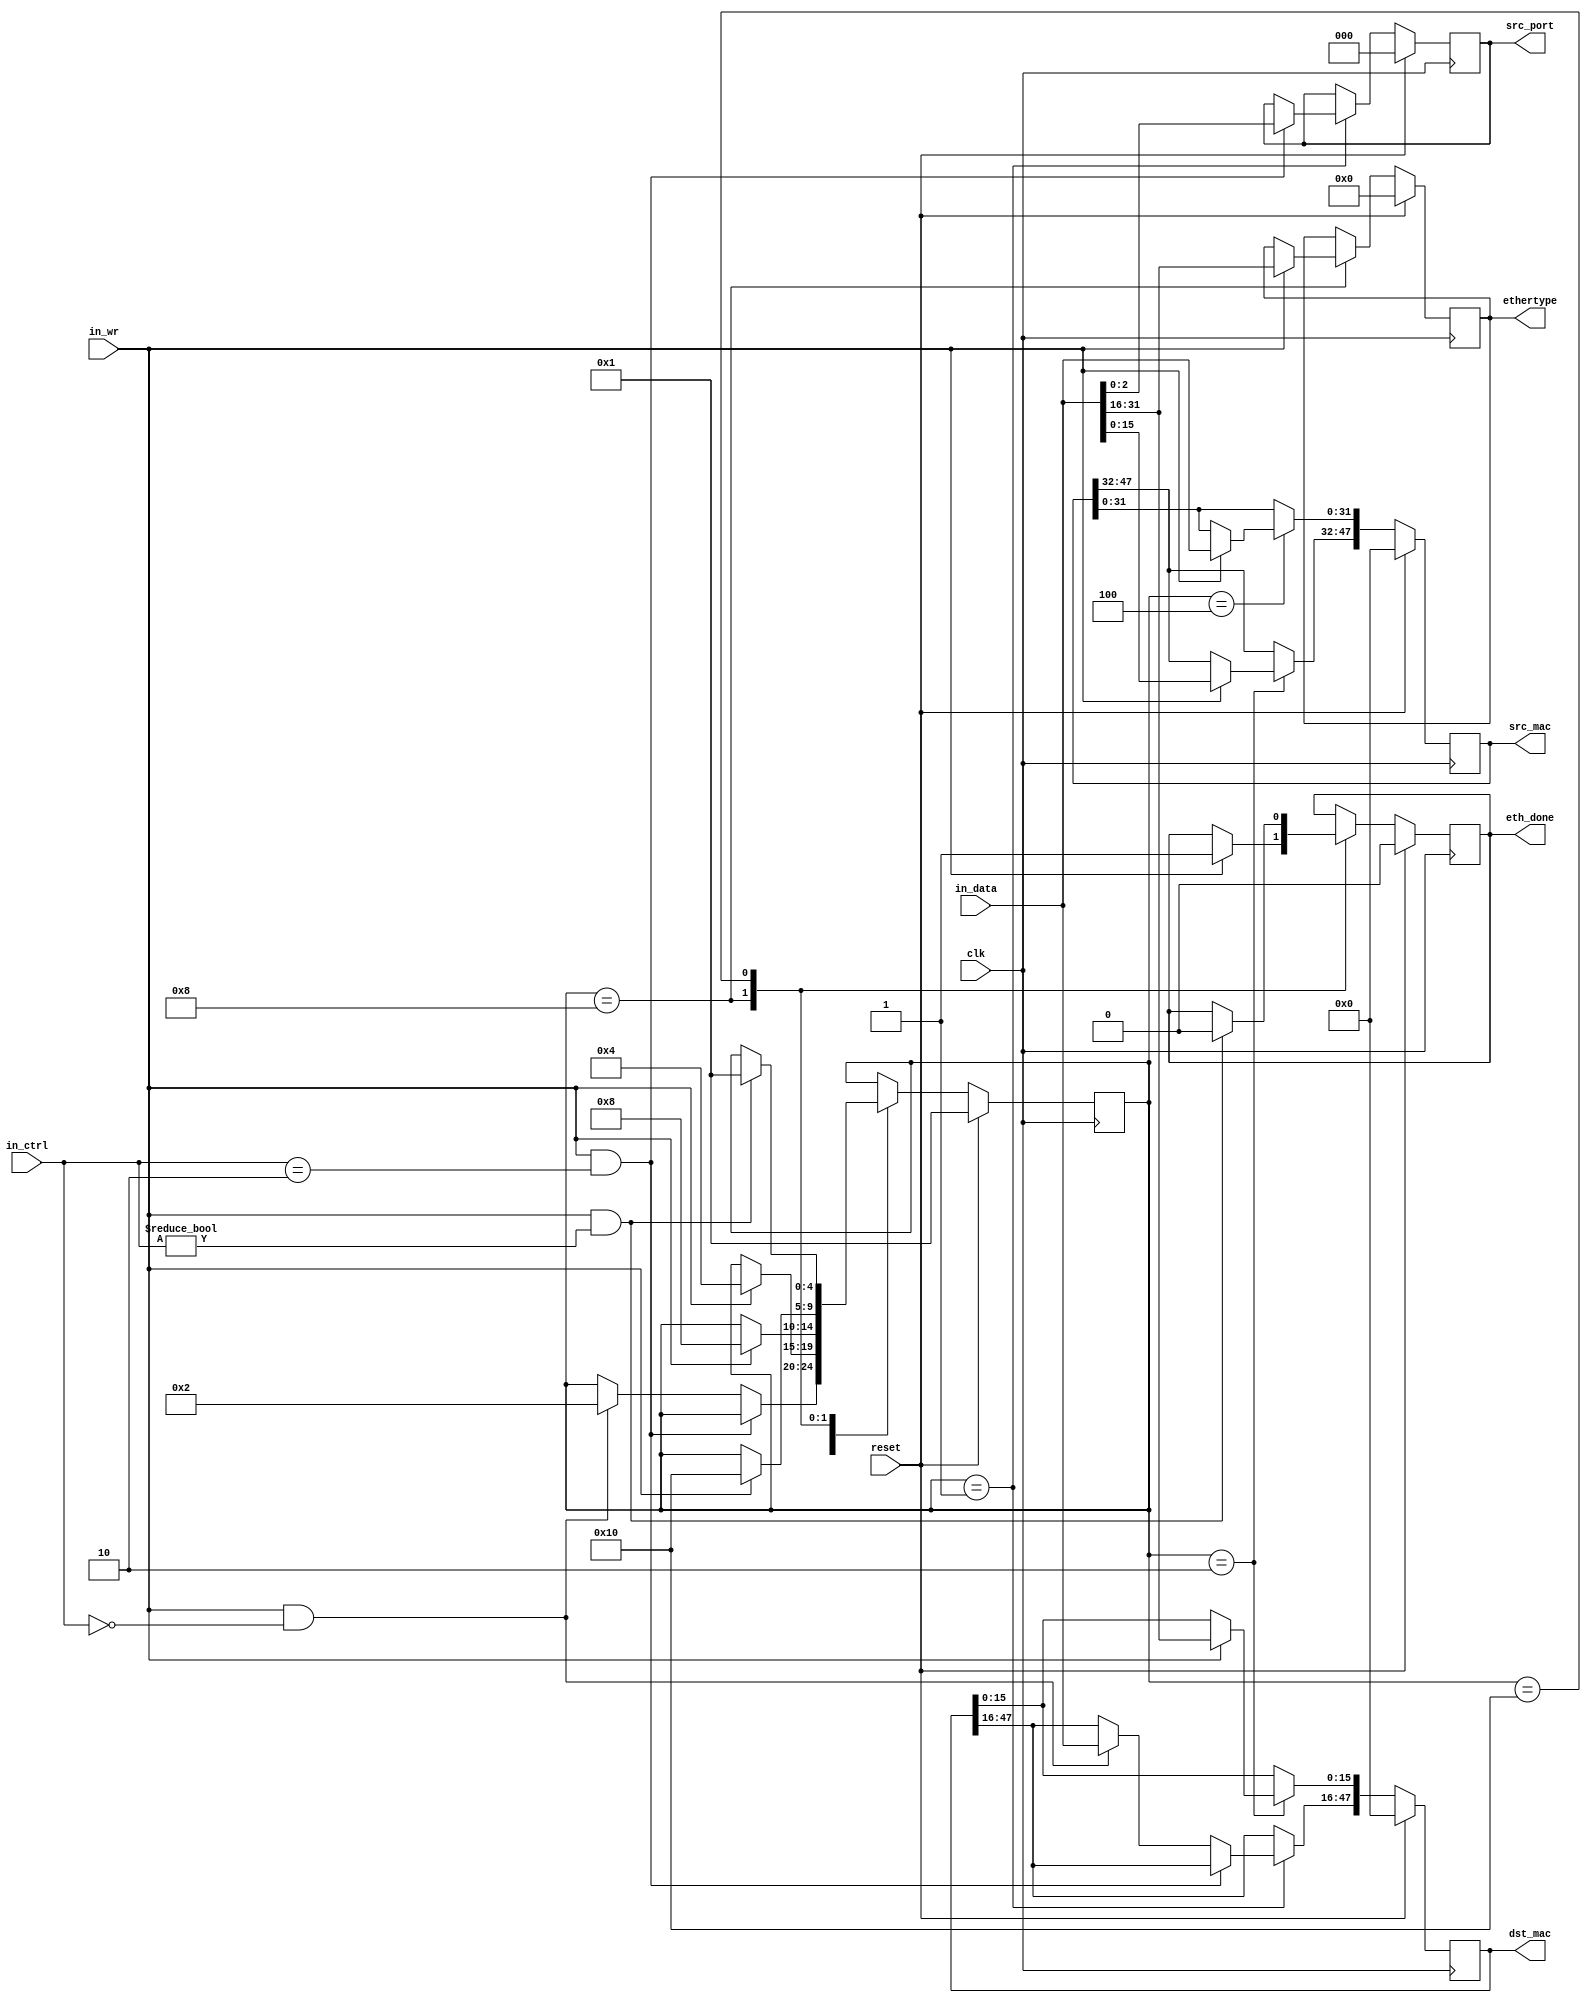
module ethernet_parser_32bit
    #(parameter DATA_WIDTH = 32,
      parameter CTRL_WIDTH=DATA_WIDTH/8,
      parameter NUM_IQ_BITS = 3,
      parameter INPUT_ARBITER_STAGE_NUM = 2
      )
   (
    input  [DATA_WIDTH-1:0]            in_data,
    input  [CTRL_WIDTH-1:0]            in_ctrl,
    input                              in_wr,
    output reg [47:0]                  dst_mac,
    output reg [47:0]                  src_mac,
    output reg [15:0]                  ethertype,
    output reg                         eth_done,
    output reg [NUM_IQ_BITS-1:0]       src_port,
    input                              reset,
    input                              clk
   );
   parameter NUM_STATES = 5;
   parameter READ_WORD_1 = 1;
   parameter READ_WORD_2 = 2;
   parameter READ_WORD_3 = 4;
   parameter READ_WORD_4 = 8;
   parameter WAIT_EOP = 16;
   reg [NUM_STATES-1:0]                state;
   reg [NUM_STATES-1:0]                state_next;
   reg [47:0]                          dst_mac_next;
   reg [47:0]                          src_mac_next;
   reg [15:0]                          ethertype_next;
   reg                                 eth_done_next;
   reg [NUM_IQ_BITS-1:0]               src_port_next;
   always @(*) begin
      dst_mac_next = dst_mac;
      src_mac_next = src_mac;
      ethertype_next = ethertype;
      eth_done_next = eth_done;
      src_port_next = src_port;
      state_next = state;
      case(state)
        READ_WORD_1: begin
           if(in_wr && in_ctrl==2) begin
              src_port_next = in_data[NUM_IQ_BITS-1:0];
           end
           else if(in_wr && in_ctrl==0) begin
              dst_mac_next[47:16] = in_data;
              state_next = READ_WORD_2;
           end
        end 
        READ_WORD_2: begin
           if(in_wr) begin
              dst_mac_next[15:0] = in_data[31:16];
              src_mac_next [47:32] = in_data[15:0];
              state_next = READ_WORD_3;
           end
        end
        READ_WORD_3: begin
           if(in_wr) begin
              src_mac_next [31:0] = in_data[31:0];
              state_next = READ_WORD_4;
           end
        end
        READ_WORD_4: begin
	   if(in_wr) begin
              ethertype_next = in_data[31:16];
              eth_done_next = 1;
              state_next = WAIT_EOP;
	   end
        end
        WAIT_EOP: begin
           if(in_wr && in_ctrl!=0) begin
              eth_done_next = 0;
              state_next = READ_WORD_1;
           end
        end
      endcase 
   end 
   always @(posedge clk) begin
      if(reset) begin
         src_mac <= 0;
         dst_mac <= 0;
         ethertype <= 0;
         eth_done <= 0;
         src_port <= 0;
	 state <= READ_WORD_1;
      end
      else begin
         src_mac <= src_mac_next;
         dst_mac <= dst_mac_next;
         ethertype <= ethertype_next;
         eth_done <= eth_done_next;
         state <= state_next;
         src_port <= src_port_next;
      end 
   end 
endmodule